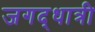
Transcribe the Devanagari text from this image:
जगद्‌धात्री